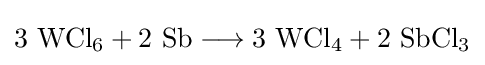
\mathrm {3\ WCl_{6}+2\ Sb\longrightarrow 3\ WCl_{4}+2\ SbCl_{3}}